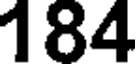
184